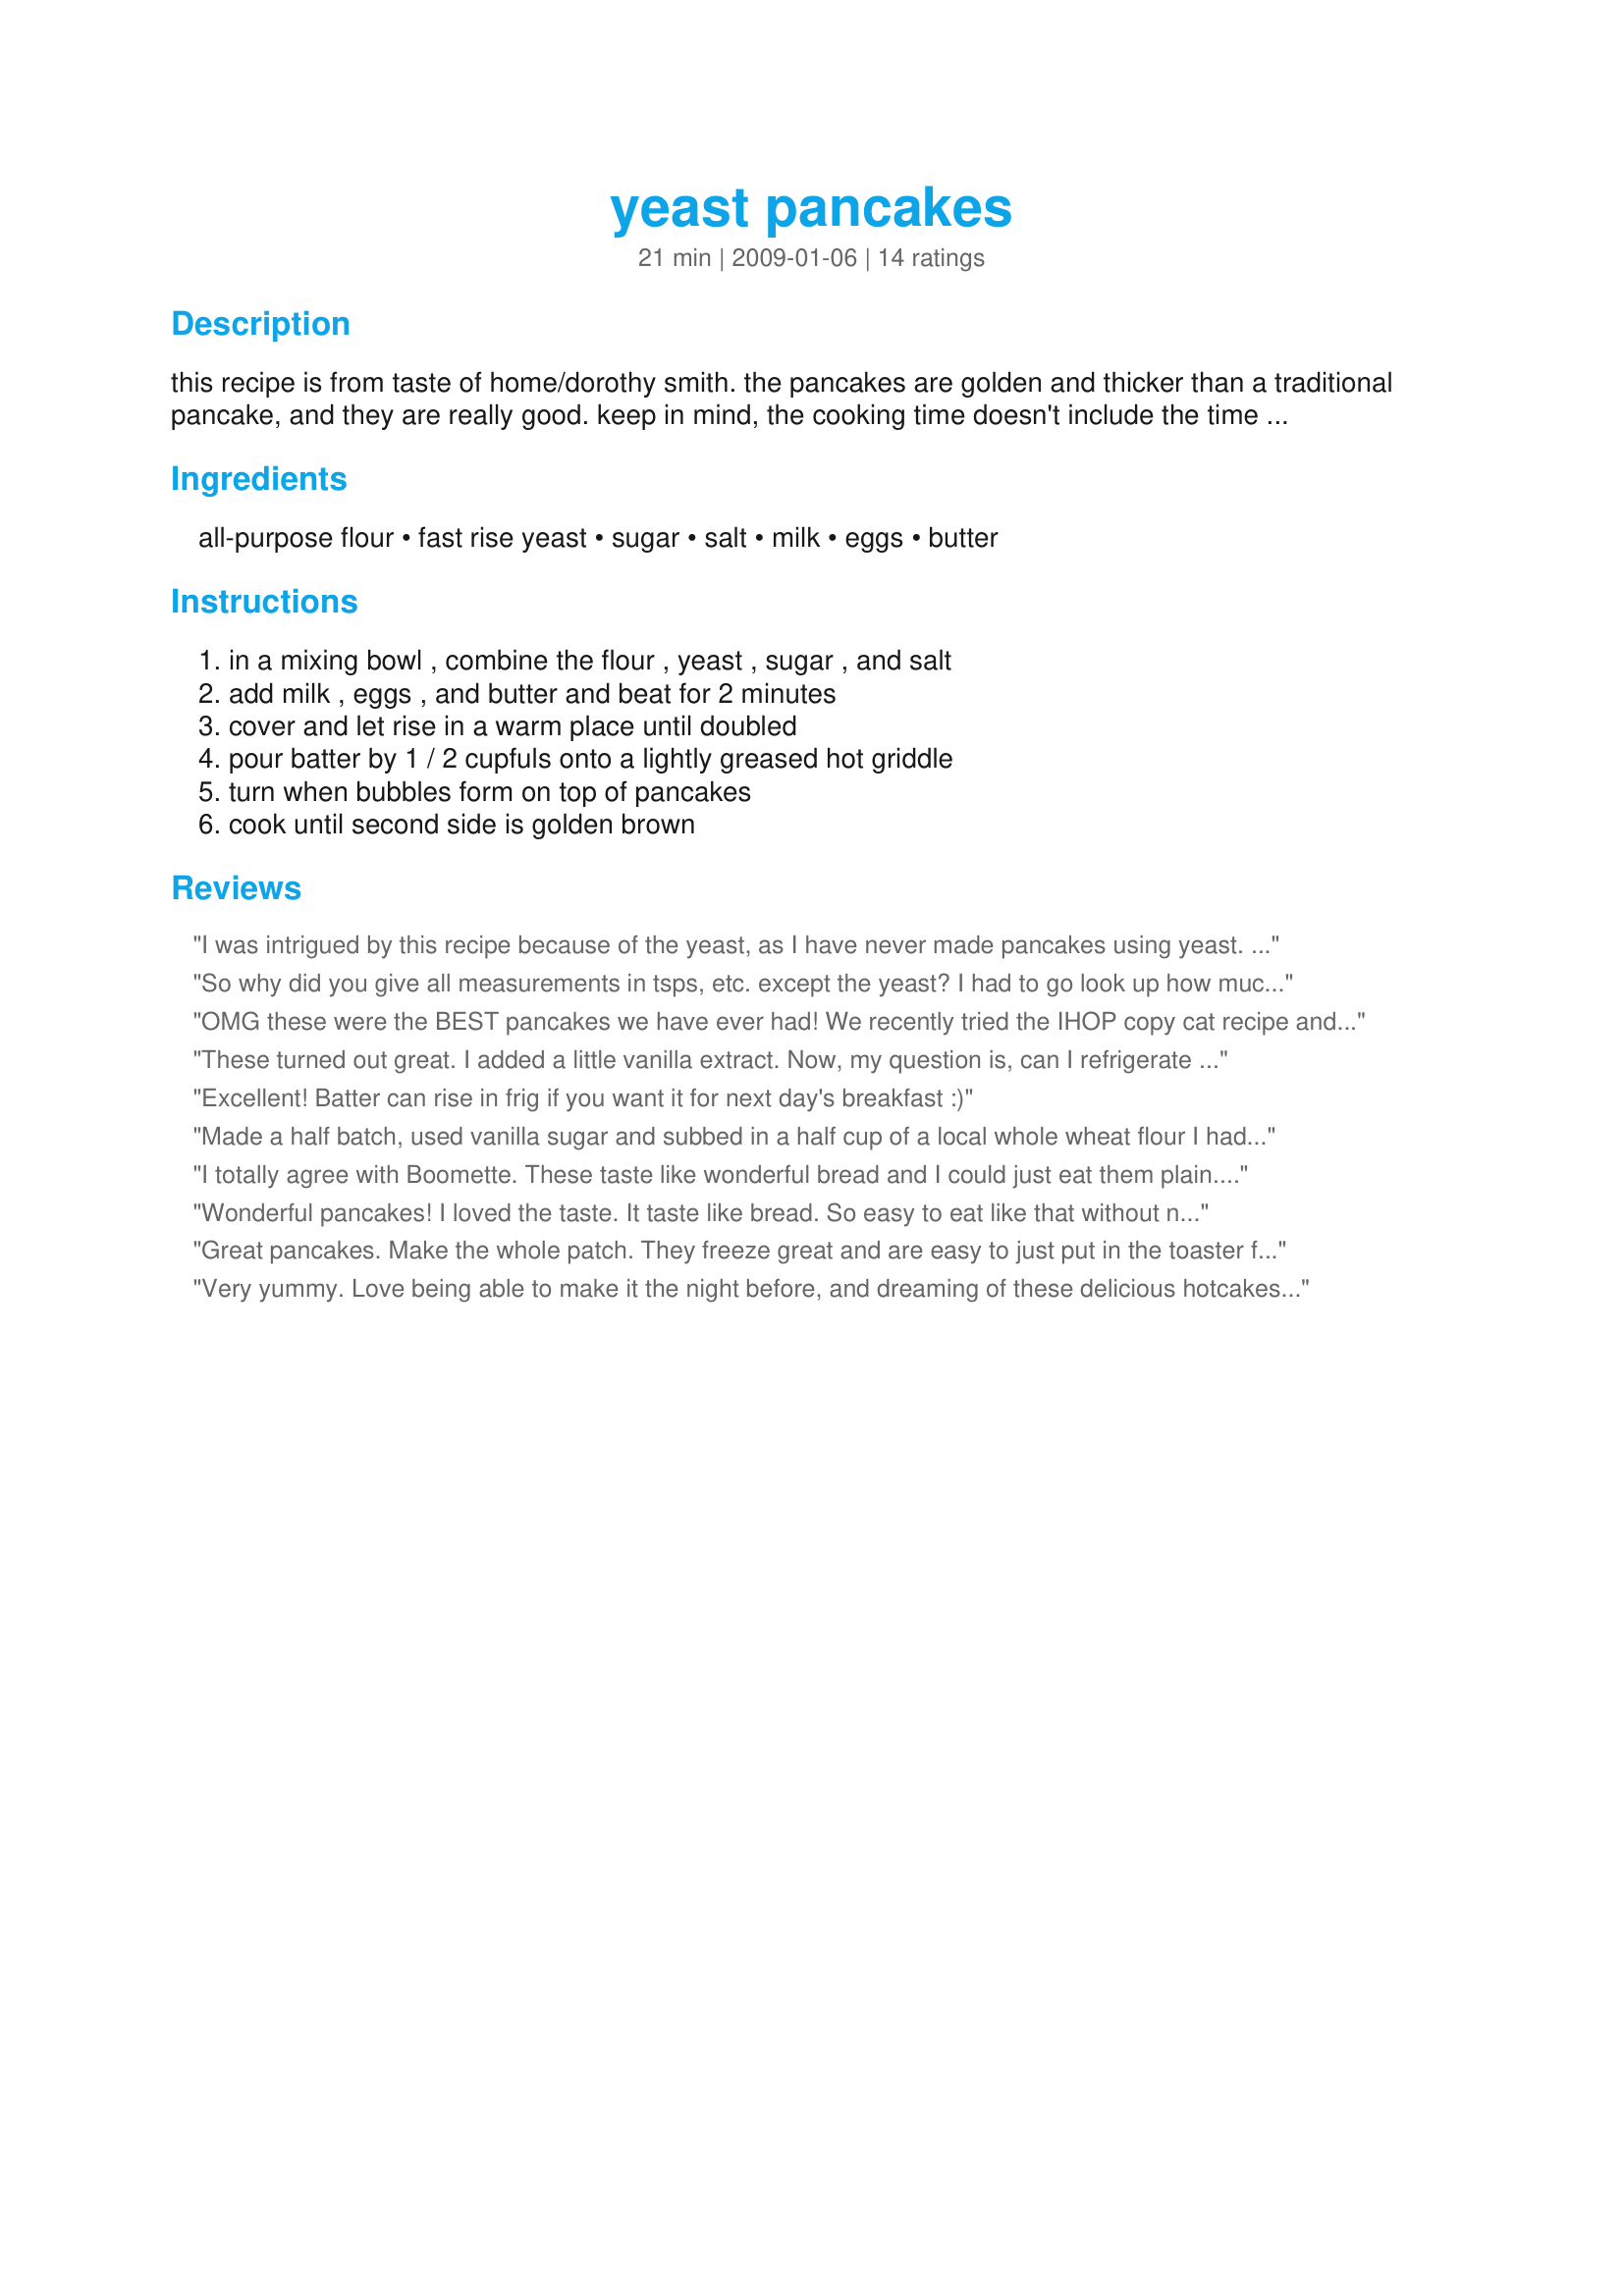
yeast pancakes
Preparation time: 21 minutes

this recipe is from taste of home/dorothy smith. the pancakes are golden and thicker than a traditional pancake, and they are really good. keep in mind, the cooking time doesn't include the time for the yeast to rise.

Ingredients:
all-purpose flour, fast rise yeast, sugar, salt, milk, eggs, butter

Steps:
in a mixing bowl , combine the flour , yeast , sugar , and salt, add milk , eggs , and butter and beat for 2 minutes, cover and let rise in a warm place until doubled, pour batter by 1 / 2 cupfuls onto a lightly greased hot griddle, turn when bubbles form on top of pancakes, cook until second side is golden brown

Reviews:
I was intrigued by this recipe because of the yeast, as I have never made pancakes using yeast. This does take a longer time to make due to the rising time but it was really fun to make and use this batter. This isn't a real sweet tasting pancake, which I also liked, as we always add syrup or sweet strawberries on our cakes. Thanks for a new way of enjoying pancakes. Made for Spring PAC 09.
So why did you give all measurements in tsps, etc. except the yeast? I had to go look up how much 1 oz equaled in tsp talk.
OMG these were the BEST pancakes we have ever had! We recently tried the IHOP copy cat recipe and thought it was good until this morning.plan ahead when making so you have time enough to let it rise before you need to make them.I made a 1/2 batch since it was just the two of us.It made 6 large pancakes and that was just right.In cutting the recipe in half I thought it called for 2tbs of sugar and because a reviewer said it wasnt very sweet I just left the sugar at 2tbs(it was supposed to be 2tsp for a full recipe)oops didnt mess it up at all.they looked and tasted like a restaurant style pancake and hubby just loved them. Thanks AmyZoe :)
These turned out great. I added a little vanilla extract. Now, my question is, can I refrigerate the batter for tomorrow. It made a lot! We all enjoyed them.
Excellent! Batter can rise in frig if you want it for next day's breakfast :)
Made a half batch, used vanilla sugar and subbed in a half cup of a local whole wheat flour I had on hand. I used regular yeast—the rise time stayed the same. I added a few blueberries and blackberries to some of them—they were the best. And maple syrup makes everything better.
I totally agree with Boomette. These taste like wonderful bread and I could just eat them plain...but with maple syrup...forget it!!! I could eat a million. Mine were a bit denser than your typical pancake, but lovely none the less.
Wonderful pancakes! I loved the taste. It taste like bread. So easy to eat like that without nothing. I made them tonight for tomorrow morning. I know they'll be as good with maple syrup or another sweet topping. Thanks AmyZoe :) Made for PAC Spring 2011
Great pancakes. Make the whole patch. They freeze great and are easy to just put in the toaster for a reheat. Enjoy
Very yummy. Love being able to make it the night before, and dreaming of these delicious hotcakes. Added a scoop of flavored protein powder to mine for extra nutrition. Will use sightly more milk next time. The cakes cooked so well, they looked just like food porn. Might try using this batter to deep fry little balls of OMG.
Wonderful, light, fluffy pancakes. So much better than any I've made and just the right flavor - not to sweet so went well with syrup, fruit or what ever you want. Just need to plan a little ahead to allow for the 30 minute rising time. I did cut it in half but other than that made just as directed.
Awesome!!! I made with 2 cups whole wheat flour and 2 cups white. I Also used 1 1/2 cup low fat milk and 1 1/2 cup water. These came out great and will be a regular in our house. Thanks for sharing!!!
The taste was good and it was nice trying something different but I am going to stick to standard buttermilk pancakes.
I so enjoyed this recipe. I had to do some serious math to just make 2 pancakes for myself (if anyone would like the portion amts, please message me) but it was worth it. I used whole wheat & oat flour, Splenda & added cinnamon. I omitted the salt & used skim milk. Tasted like a cinnamon roll. I really liked the minimal "rise" time which makes these more plausible to make in the future as long as I plan ahead. Thanks so much for sharing. I ate them w/ bananas & sugar free syrup
